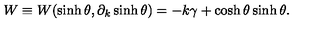
W \equiv W ( \sinh \theta , \partial _ { k } \sinh \theta ) = - k \gamma + \cosh \theta \sinh \theta .